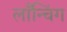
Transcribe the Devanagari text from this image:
लाँन्चिंग